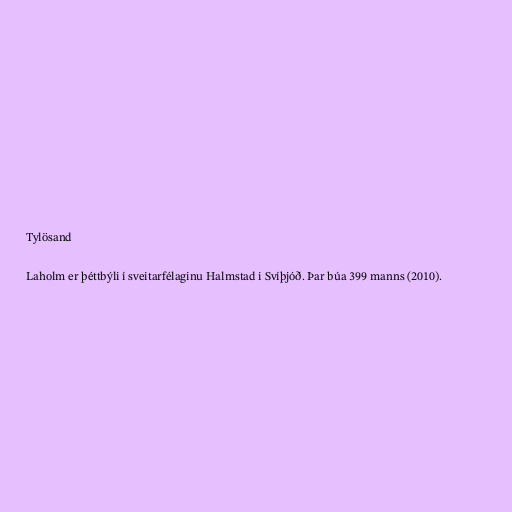
Tylösand

Laholm er þéttbýli í sveitarfélaginu Halmstad i Svíþjóð. Þar búa 399 manns (2010).